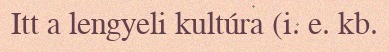
Itt a lengyeli kultúra (i. e. kb.